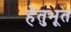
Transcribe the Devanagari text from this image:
हेतुभूत